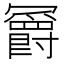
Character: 𫤼